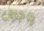
وجون